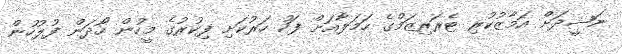
ނަޝީދަށް އަމާޒުކުރި ޓެރަރިޒަމްގެ ހަމަލާއަށް ފަހު ހަރުކަށި ފިކުރުގެ މީހުން ހޯދަން ފުލުހުން